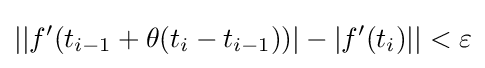
\left|\left|f'(t_{i-1}+\theta (t_{i}-t_{i-1}))\right|-\left|f'(t_{i})\right|\right|<\varepsilon